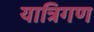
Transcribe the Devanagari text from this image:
यात्रिगण